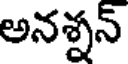
అనశ్నన్